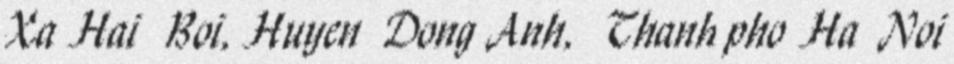
Xa Hai Boi, Huyen Dong Anh, Thanh pho Ha Noi